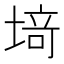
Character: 𫮍